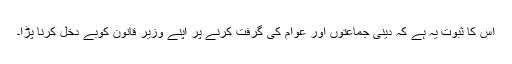
اس کا ثبوت یہ ہے کہ دینی جماعتوں اور عوام کی گرفت کرنے پر اپنے وزیر قانون کوبے دخل کرنا پڑا۔